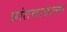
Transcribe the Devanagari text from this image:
प्रांतवादाला